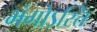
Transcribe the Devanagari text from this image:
भंगोऽस्ति